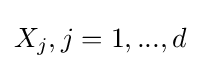
X_{j},j=1,...,d